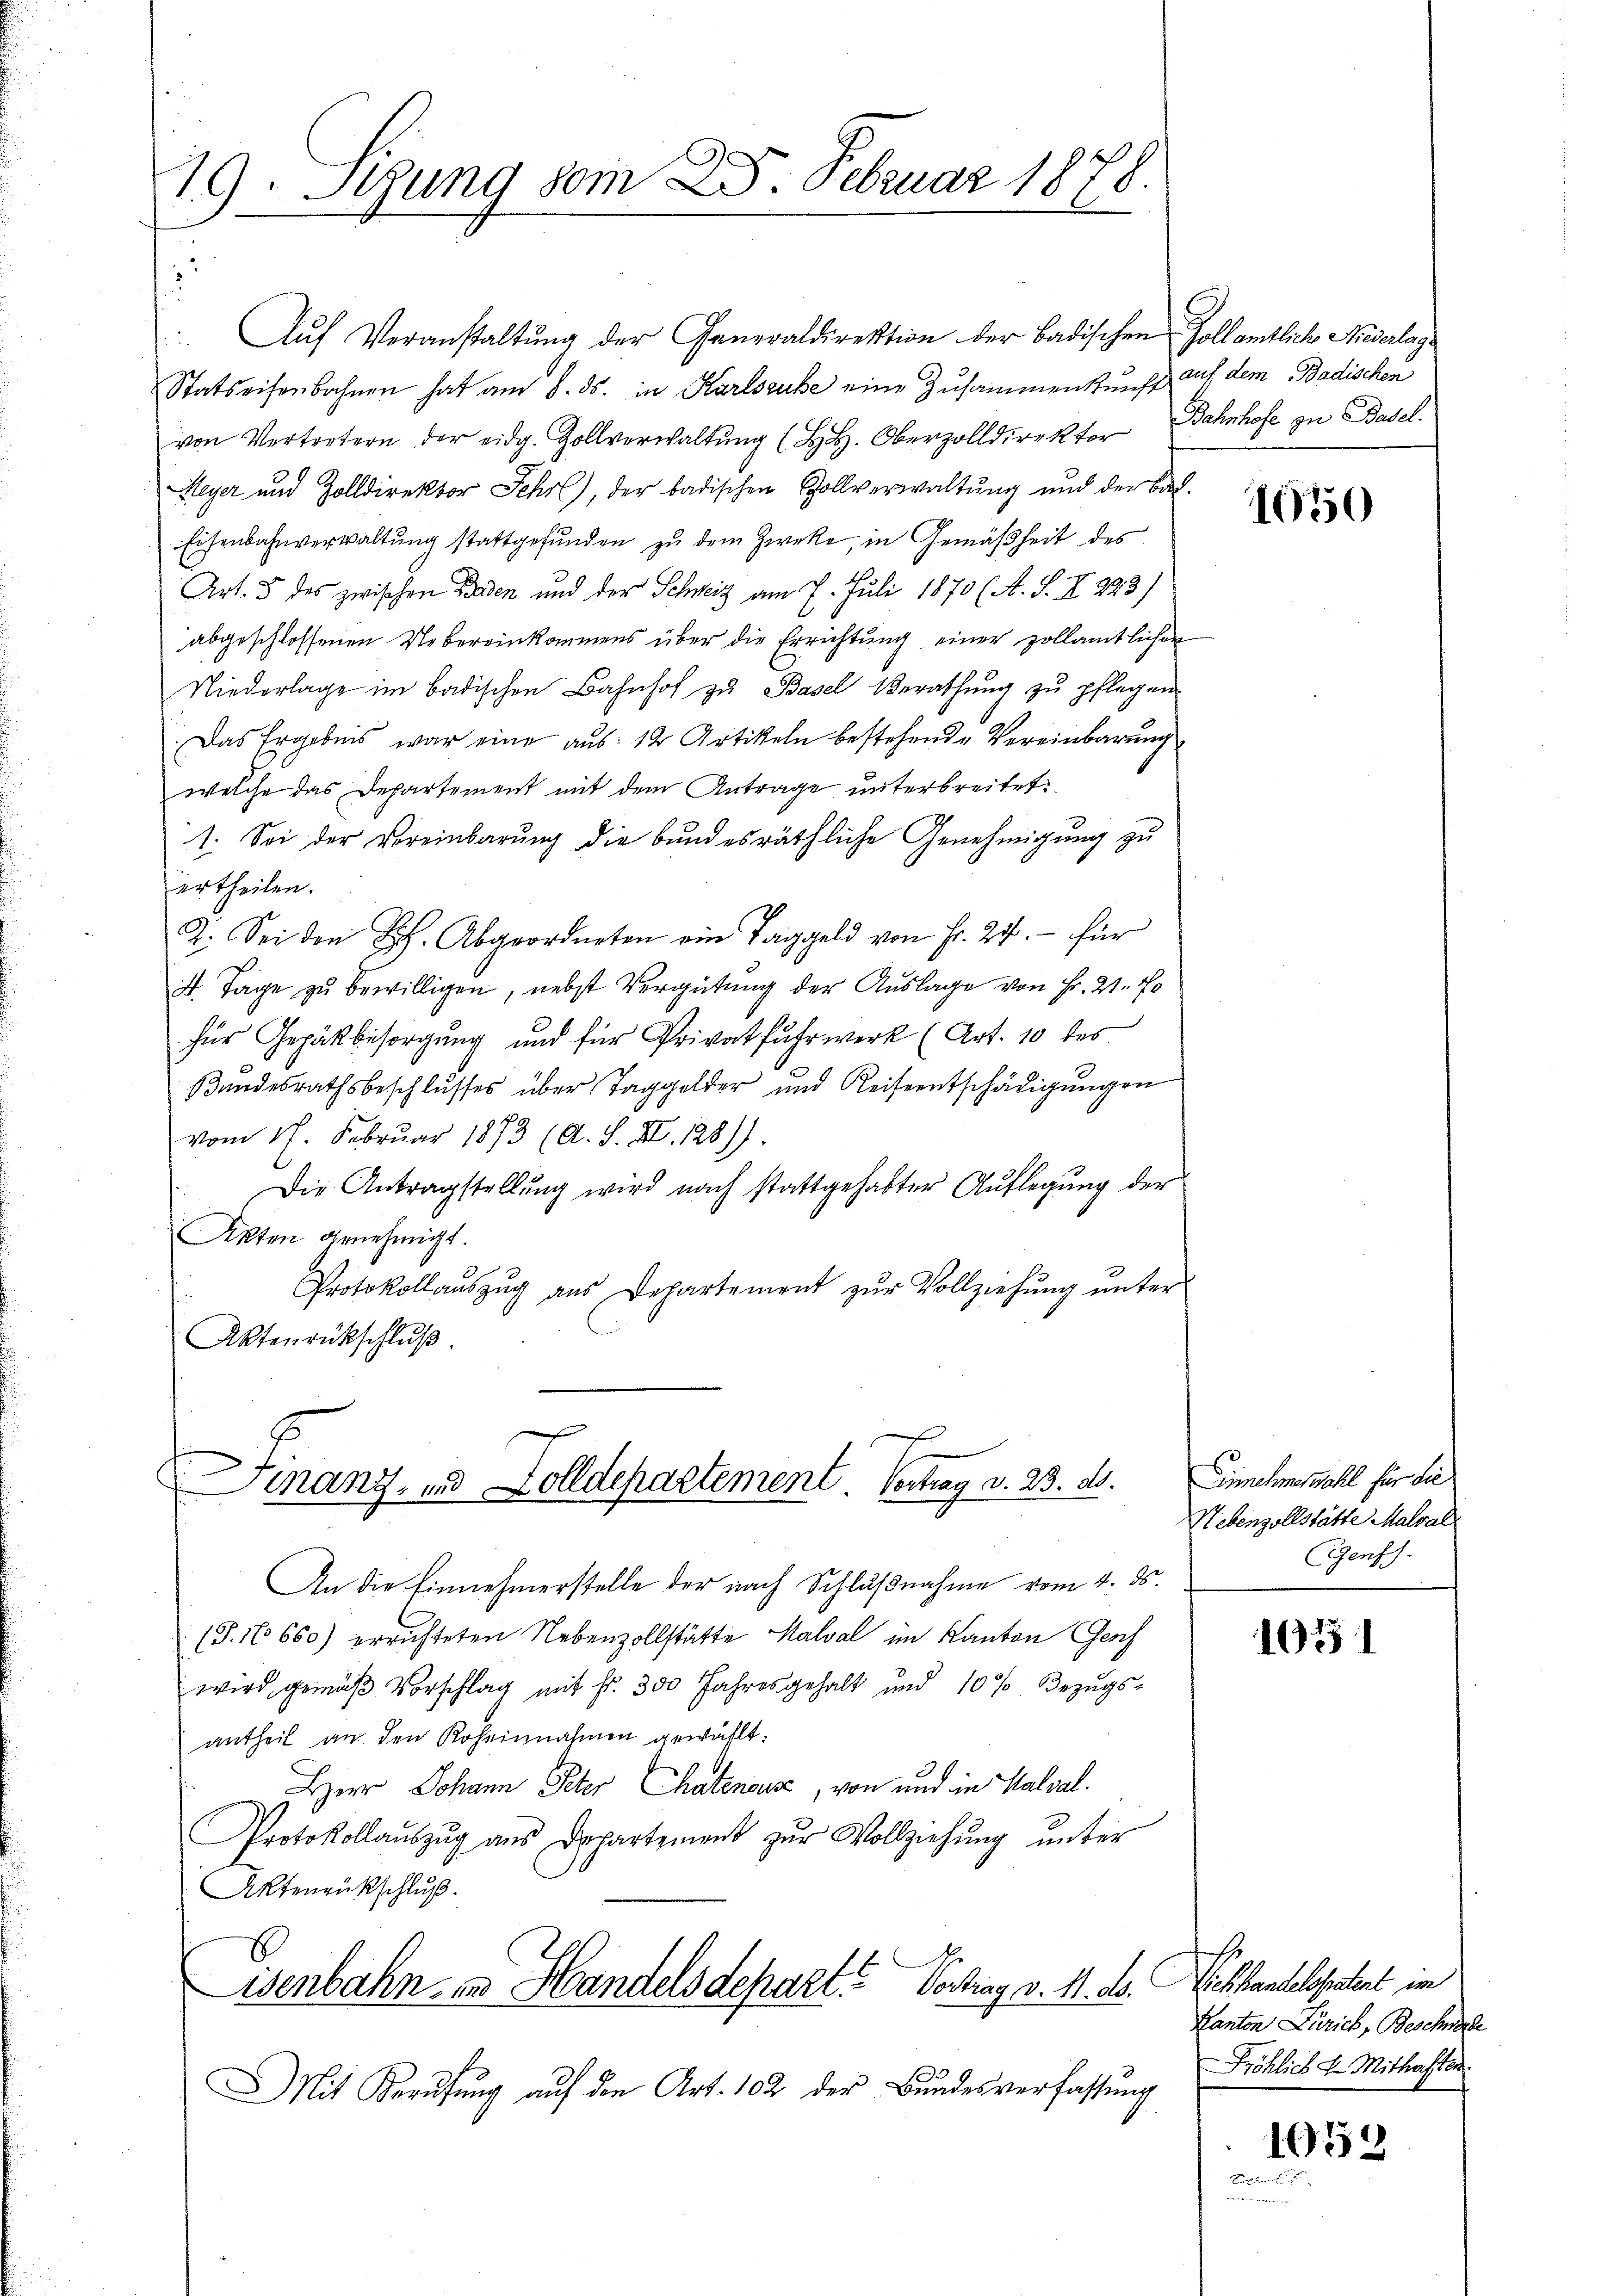
19. Segung vom 28. Februar 1878.

Aŭf Veranstaltung der Generaldirektion der Badischen Zoll amtlich Niederlage
Statseifenbahnen hat am 8. ds. in Karlsruhe eine Zusammenkunft auf dem Badischen
von Verwalt. Oberdikt Bahnhofe zu Basel
Meyer und Zolldirektor Jehrl), der badischen Rollverwaltŭng und der Bad-
Eisenbahnverwaltung stattgefunden zu dem Zweke, in Gemäßheit des
Art. 5 des zwischen Baden und der Schweiz am 7. Juli 1870 (A. S. II 223)
abgeschlossenen Uebereinkommens über die Errichtŭng einer zollamtlichen
Niederlage im badischen Bahnhof zu Basel Berathung zu pflegen
Das Ergebnis war eine aus: 12 Artikeln bestehende Vereinbarung
welche das Departement mit dem Antrage unterbreitet.
1. Sei der Vereinbarung die bundesräthliche Genehmigung zu
ertheilen.
2. Sei den L. Abgeordneten ein Taggeld von Fr. 27. – für
4. Tage zu bewilligen, nebst Vergütung der Auslage von Fr. 2. No
für Gepäckbesorgung und für Privatfuhrwerk (Art. 10 des
Bandesrathsbeschlŭsses über Taggelder und Reiseentschädigŭngen
vom 17. Februar 1873 (A. S. XI. 1281).
Die Antragstellŭng wird nach stattgehabter Aŭflegŭng der
Akten genehmigt.
Protokollaŭszŭg aŭs Departement zŭr Vollziehŭng ŭnter
Aktenrückschlŭβ

s
inanz, und Zolldepartement. Vertrag v. 23. d.

An die Einnehmerstelle der nach Schlußnahme vom 4. ds.
(S. 16660) errichteten Nebenzollstätte Halval im Kanton Gesch
wird gemäβ Vorschlag mit Fr. 300 Jahresgehalt und 10% Bezugs-
antheil an den Roheinnahmen gewählt:
HHerr Johann Peter Chateneuse, von und in Halsal.
Protokollaŭszŭg ans Departement zŭr Vollziehŭng ŭnter
Aktenrückschluß.
E
isenbahn in Handelsdepart? Vortrag v. 11. d. Viehhandelsstatent im
Mit Berufung auf den Art. 102 der Bundesverfassung

1070

Gelmstrahl für die
Nebenzollstätte Matral
Ggensch.

1021

Kanton Zürich, Beschehe
Fröhlich L. Mithaften.

1059